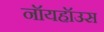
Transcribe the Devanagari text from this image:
नॉयहॉउस